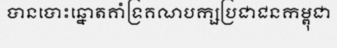
បានបោះឆ្នោតគាំទ្រគណបក្សប្រជាជនកម្ពុជា